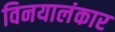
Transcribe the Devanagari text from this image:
विनयालंकार